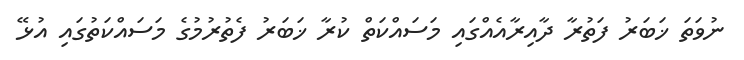
ނުވަތަ ޚަބަރު ފަތުރާ ދާއިރާއެއްގައި މަސައްކަތް ކުރާ ޚަބަރު ފެތުރުމުގެ މަސައްކަތުގައި އުޅޭ